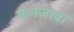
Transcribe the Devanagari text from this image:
कनज़ावा